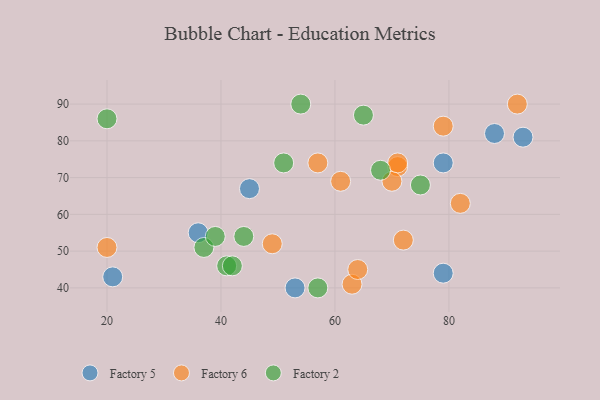
{"axis": {"x": "GDP", "y": "Life Expectancy"}, "legend": ["Factory 2", "Factory 5", "Factory 6"], "data": [{"x": "93", "y": 81, "type": "Factory 5"}, {"x": "79", "y": 44, "type": "Factory 5"}, {"x": "36", "y": 55, "type": "Factory 5"}, {"x": "79", "y": 74, "type": "Factory 5"}, {"x": "53", "y": 40, "type": "Factory 5"}, {"x": "21", "y": 43, "type": "Factory 5"}, {"x": "45", "y": 67, "type": "Factory 5"}, {"x": "88", "y": 82, "type": "Factory 5"}, {"x": "71", "y": 73, "type": "Factory 6"}, {"x": "63", "y": 41, "type": "Factory 6"}, {"x": "79", "y": 84, "type": "Factory 6"}, {"x": "72", "y": 53, "type": "Factory 6"}, {"x": "61", "y": 69, "type": "Factory 6"}, {"x": "70", "y": 69, "type": "Factory 6"}, {"x": "82", "y": 63, "type": "Factory 6"}, {"x": "64", "y": 45, "type": "Factory 6"}, {"x": "57", "y": 74, "type": "Factory 6"}, {"x": "71", "y": 74, "type": "Factory 6"}, {"x": "92", "y": 90, "type": "Factory 6"}, {"x": "20", "y": 51, "type": "Factory 6"}, {"x": "49", "y": 52, "type": "Factory 6"}, {"x": "51", "y": 74, "type": "Factory 2"}, {"x": "68", "y": 72, "type": "Factory 2"}, {"x": "37", "y": 51, "type": "Factory 2"}, {"x": "65", "y": 87, "type": "Factory 2"}, {"x": "54", "y": 90, "type": "Factory 2"}, {"x": "75", "y": 68, "type": "Factory 2"}, {"x": "39", "y": 54, "type": "Factory 2"}, {"x": "20", "y": 86, "type": "Factory 2"}, {"x": "57", "y": 40, "type": "Factory 2"}, {"x": "44", "y": 54, "type": "Factory 2"}, {"x": "41", "y": 46, "type": "Factory 2"}, {"x": "42", "y": 46, "type": "Factory 2"}]}